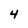
Character: 4